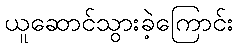
ယူဆောင်သွားခဲ့ကြောင်း